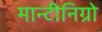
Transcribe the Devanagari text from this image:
मान्टीनिग्रो